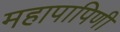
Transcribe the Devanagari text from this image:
महापापिणी